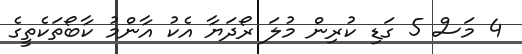
4 މަސް 5 ގަޑި ކުރިން މުލަ ރޯދަޔާ އެކު އާންމު ކާބޯތަކެތީގެ